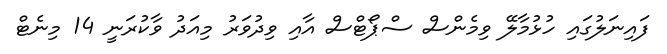
ފައިނަލުގައި ހުޅުމާލޭ ވިމެންސް ސްޕޯޓްސް އާއި ވިދުވަރު މިއަދު ވާކުރަނީ 14 މިނެޓް